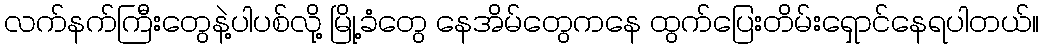
လက်နက်ကြီးတွေနဲ့ပါပစ်လို့ မြို့ခံတွေ နေအိမ်တွေကနေ ထွက်ပြေးတိမ်းရှောင်နေရပါတယ်။